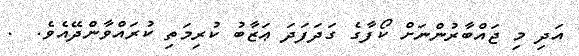
އަދި މި ޖައްބާރުންނަށް ކޯފާގެ ގަދަފަދަ ޢަޒާބު ކުރިމަތި ކުރައްވާންދޭއެވެ.  .